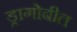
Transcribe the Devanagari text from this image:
ड्रागोबीत